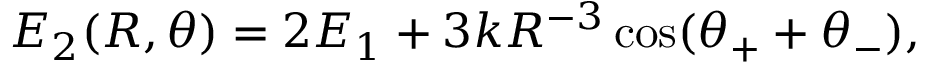
E _ { 2 } ( R , \theta ) = 2 E _ { 1 } + 3 k R ^ { - 3 } \cos ( \theta _ { + } + \theta _ { - } ) ,